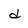
Character: d